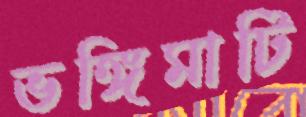
ভঙ্গিমাটি